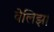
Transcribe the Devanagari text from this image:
वेलिझ।